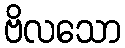
ဗိလသော